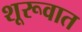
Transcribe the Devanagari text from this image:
शूरूवात